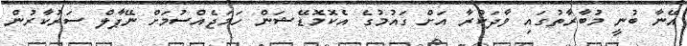
އޭނާ ބުނީ މުބާރާތުގައި ވާދަކުރާ އަށް ގައުމުގެ އެކޮމޮޑޭޝަން ހަމަޖެއްސުމަށް ނޭޕާލް ސަރުކާރުން